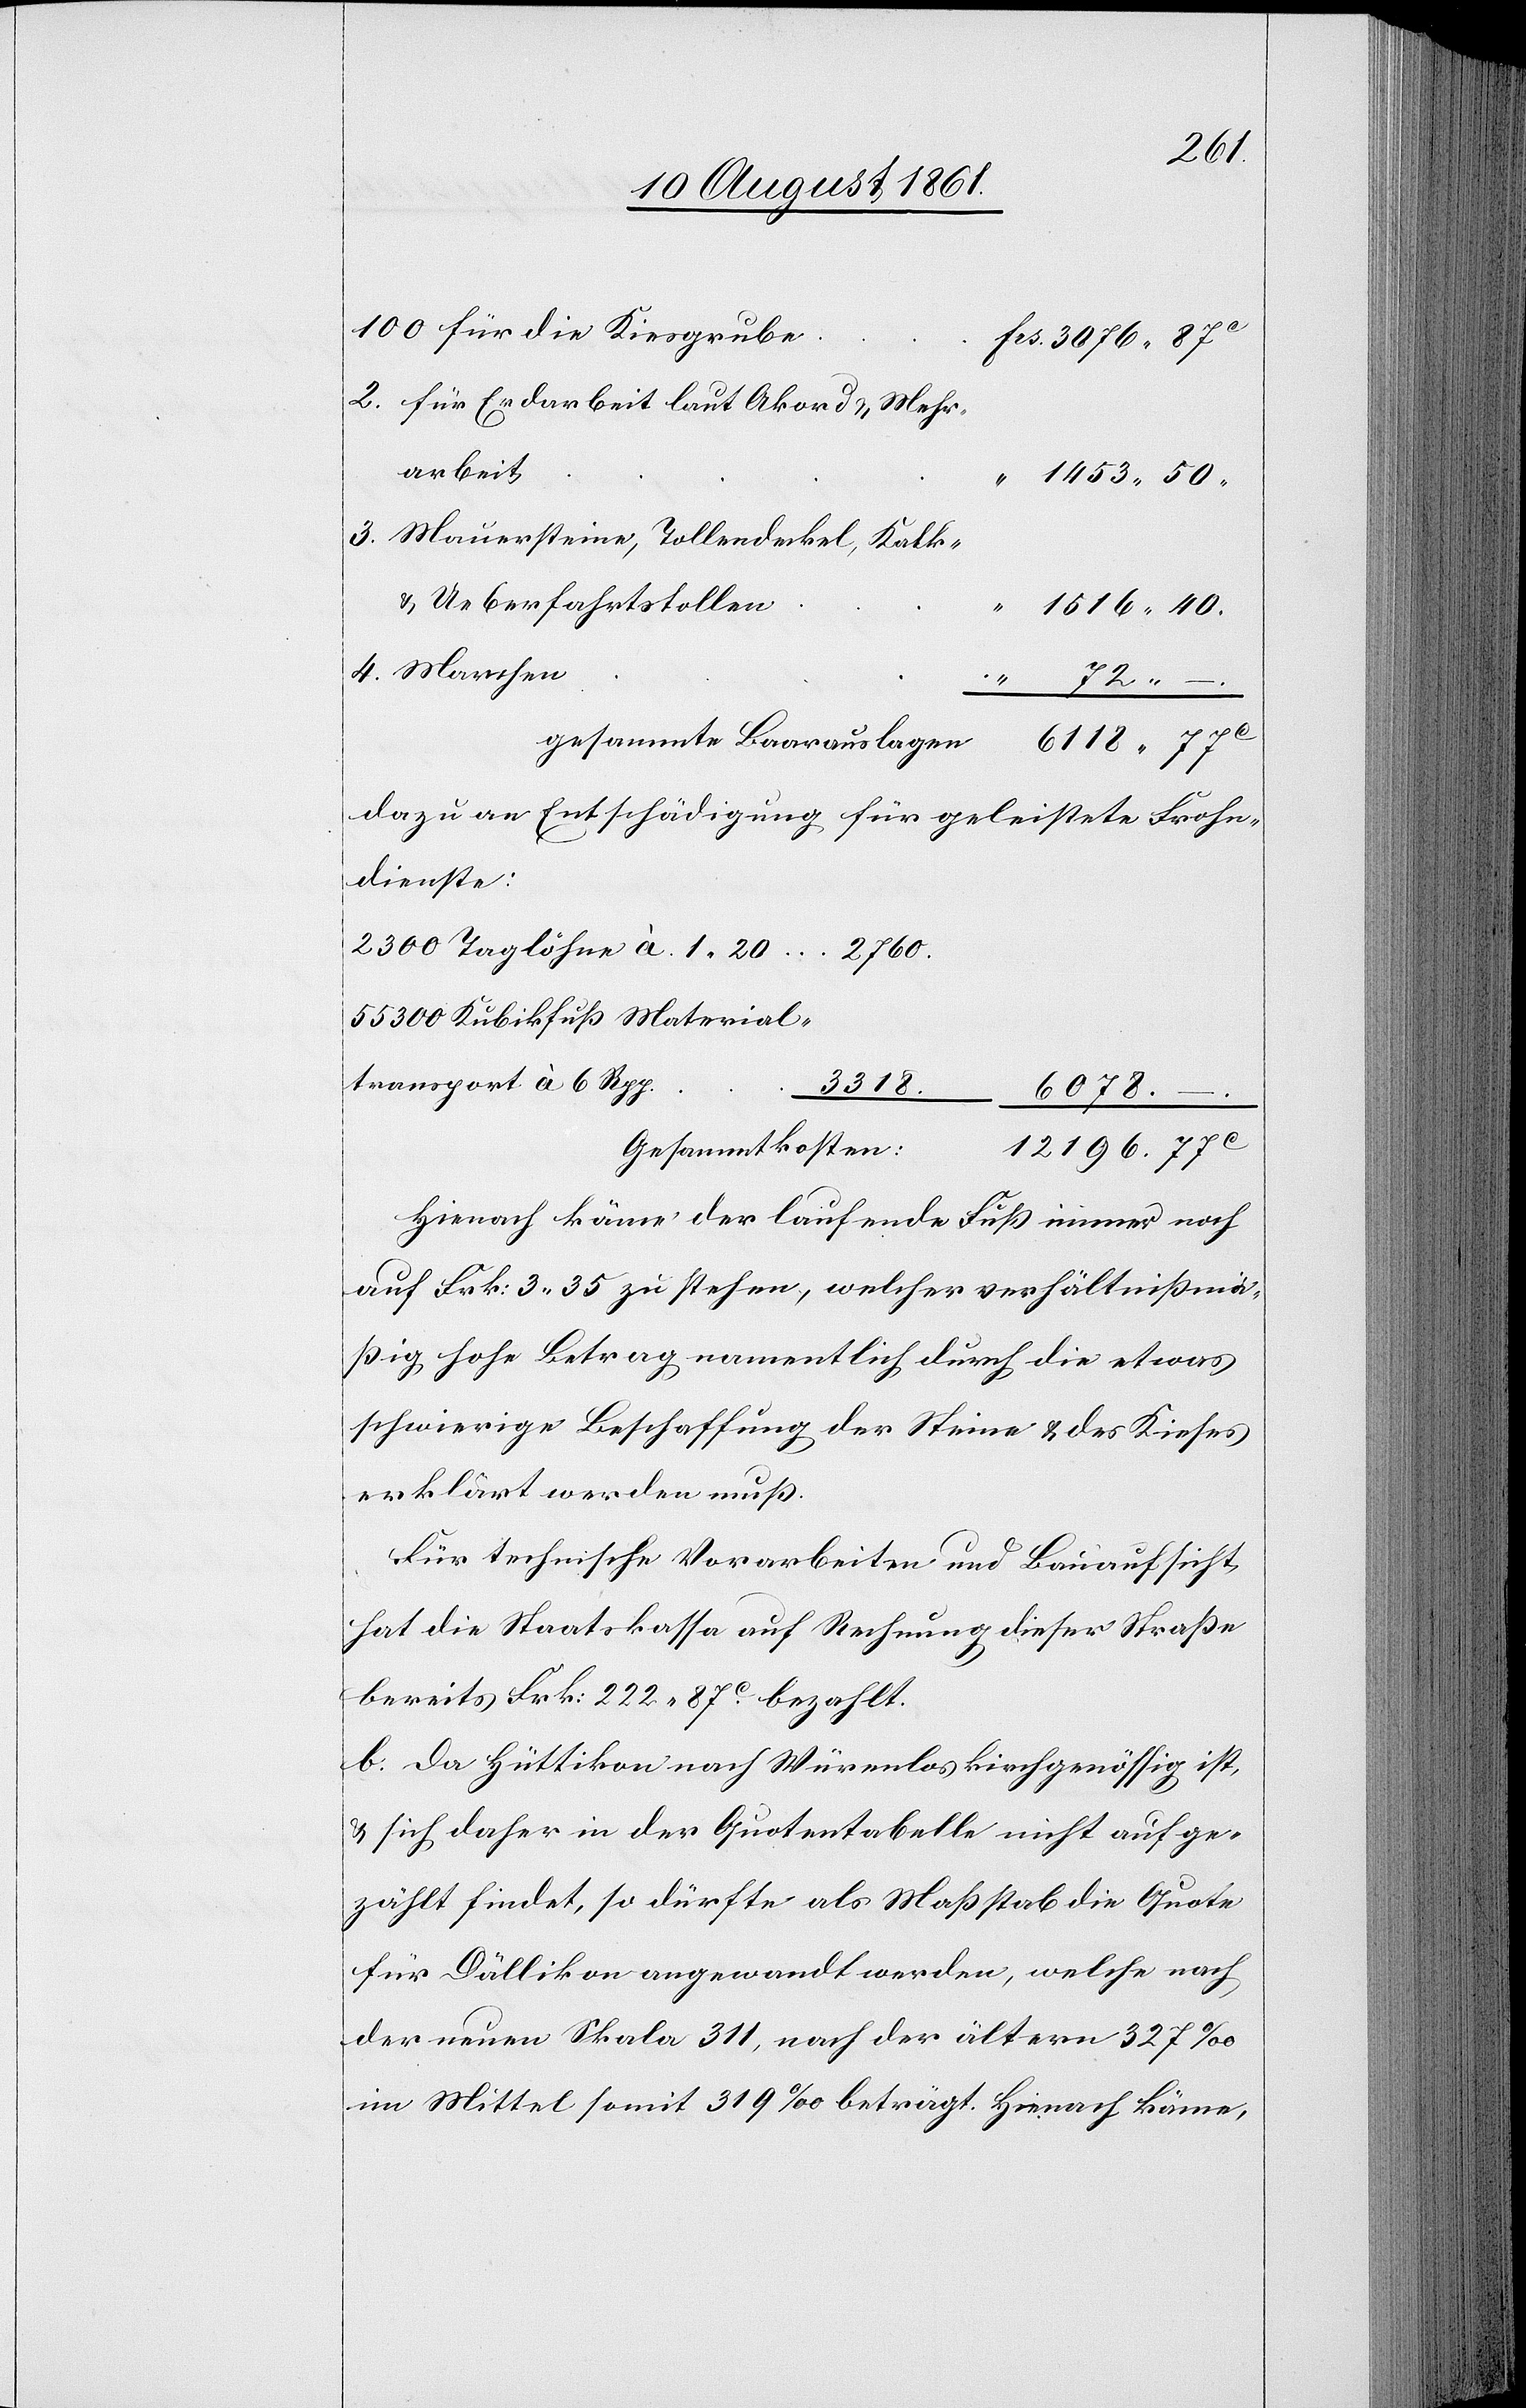
transport
arbeit
1453.50
3. Mauersteine, Tollendeckel, Kalk-
u. Ueberfahrtstolle¬
4.
1516.40
gesammte Baarauslage¬
n	6118.77c
dazu an Entschädigungen für geleistete Frohn¬
dienste:
2300 Taglöhne à 1.20	2760
55300 Kubikfuß Material¬
n	12196.77c
Gesammtkoste¬
Hienach käme der laufende Fuß immer noch
auf Frk. 3.35 zu stehen, welcher verhältnißmä¬
ßig hohe Betrag namentlich durch die etwas
schwierige Beschaffung der Steine u. des Kieses
erklärt werden muß.
Für technische Vorarbeiten und Bauaufsicht,
hat die Staatskassa auf Rechnung dieser Straße
bereits Frk. 222.87c bezahlt.
b. Da Hüttikon nach Würenlos kirchgenössig ist
u. sich daher in der Quotentabelle nicht aufge¬
zählt findet, so dürfte als Maßstab die Quote
für Dällikon angewandt werden, welche nach
der neuen Skala 311, nach der ältern 327‰
im Mittel somit 319‰ beträgt. Hienach könne,